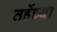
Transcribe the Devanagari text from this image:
तर्हेच्या